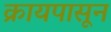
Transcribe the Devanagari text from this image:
क्रायपासून